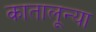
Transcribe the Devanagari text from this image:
कातालून्या